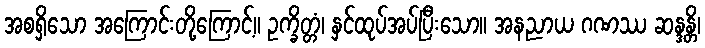
အစရှိသော အကြောင်းတို့ကြောင့်။ ဥက္ခိတ္တံ၊ နှင်ထုပ်အပ်ပြီးသော။ အနညာယ ဂဏဿ ဆန္ဒန္တိ၊